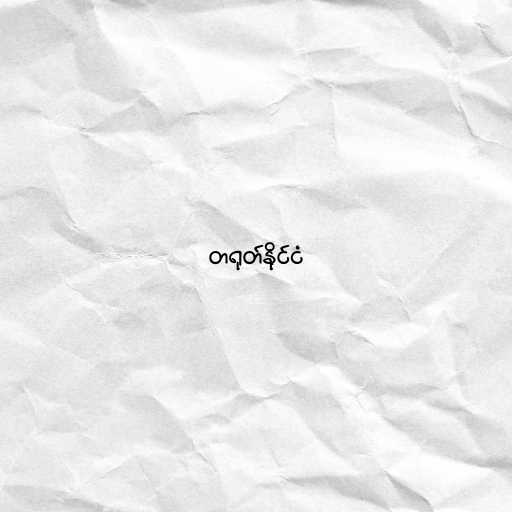
တရုတ်နိုင်ငံ